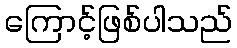
ကြောင့်ဖြစ်ပါသည်